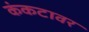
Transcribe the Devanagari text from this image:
कंकटावर